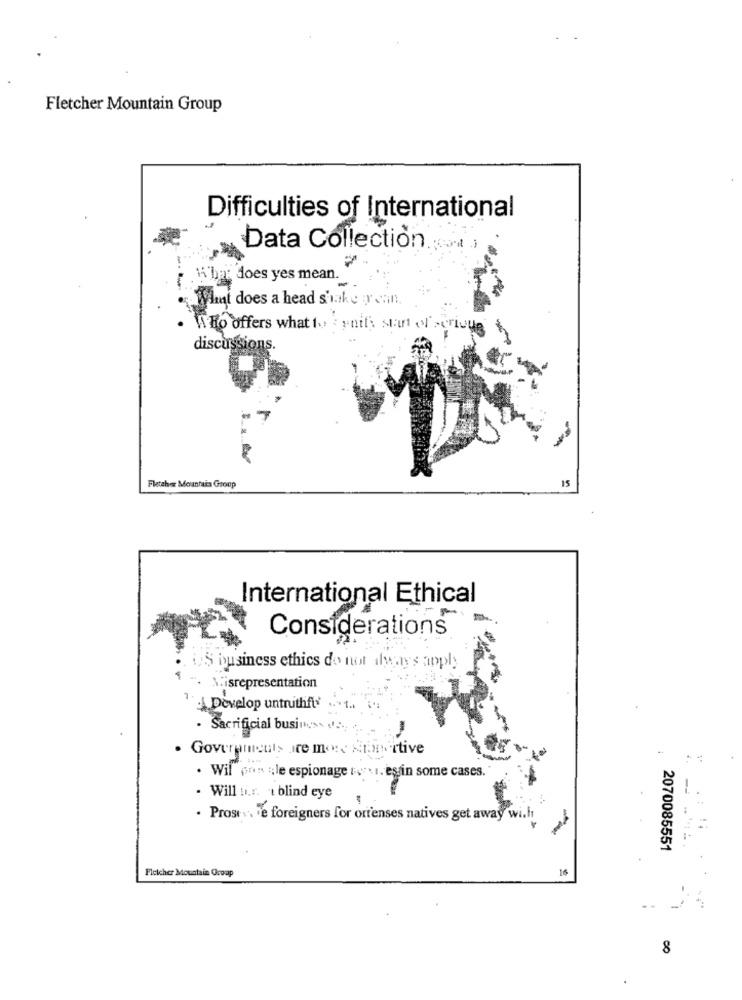
Fletcher Mountain Group
Difficulties of International
Data Collection.
Hi bar does yes mean.
What does a head shake rein.
A Ho offers what to : ynit's Start of scriute"
discussions.
Fletcher Mountain Group
International Ethical
Considerations
'S business ethics do not always apply
isrepresentation
· Develop untruthft*
- Sacrificial business de .;
. Governments ire more Kramertive
. Wil pon ;; le espionage :" i. esin some cases.
· Will u.r. t blind eye
. Prostv. ve foreigners for ortenses natives get away wi.fi
2070085551
Fleicher Mountain Oroap
16
8